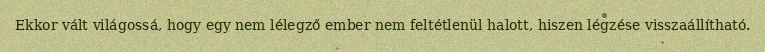
Ekkor vált világossá, hogy egy nem lélegző ember nem feltétlenül halott, hiszen légzése visszaállítható.